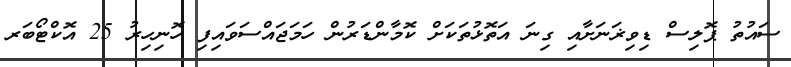
ސައުތު ޕޮލިސް ޑިވިޜަނަށާއި ގިނަ އަތޮޅުތަކަށް ކޮމާންޑަރުން ހަމަޖައްސަވައިފި ހޮނިހިރު 25 އޮކްޓޯބަރ